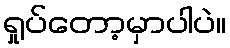
ရှုပ်တော့မှာပါပဲ။